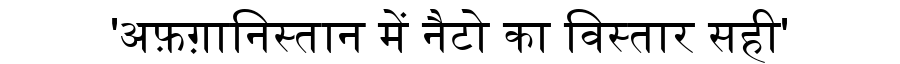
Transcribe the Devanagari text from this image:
'अफ़ग़ानिस्तान में नैटो का विस्तार सही'